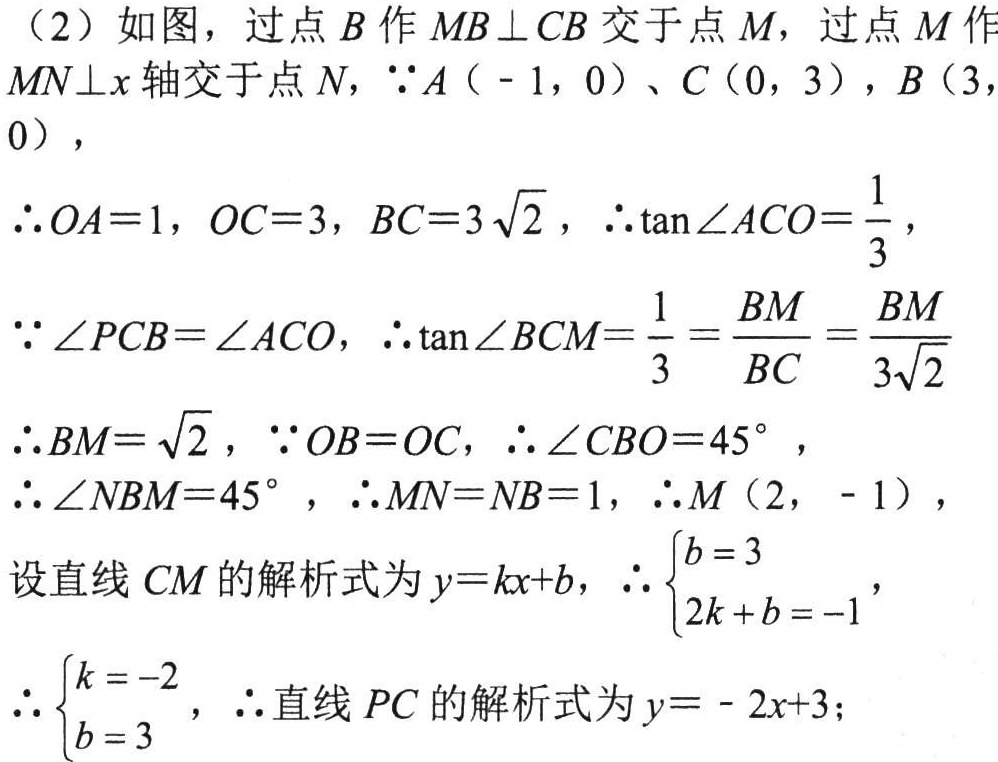
（2）如图，过点\(B\)作\(MB\perp CB\)交于点\(M\)，过点\(M\)作\(MN\perp x\)轴交于点\(N\)，\(\because A(-1,0)\)、\(C(0,3)\)，\(B(3,0)\)，
\(\therefore OA = 1\)，\(OC = 3\)，\(BC = 3\sqrt{2}\)，\(\therefore\tan\angle ACO=\dfrac{1}{3}\)，
\(\because\angle PCB=\angle ACO\)，\(\therefore\tan\angle BCM=\dfrac{1}{3}=\dfrac{BM}{BC}=\dfrac{BM}{3\sqrt{2}}\)
\(\therefore BM=\sqrt{2}\)，\(\because OB = OC\)，\(\therefore\angle CBO = 45^{\circ}\)，
\(\therefore\angle NBM = 45^{\circ}\)，\(\therefore MN = NB = 1\)，\(\therefore M(2,-1)\)，
设直线\(CM\)的解析式为\(y = kx + b\)，\(\therefore\begin{cases}b = 3\\2k + b = -1\end{cases}\)，
\(\therefore\begin{cases}k = -2\\b = 3\end{cases}\)，\(\therefore\)直线\(PC\)的解析式为\(y=-2x + 3\)；